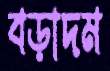
বড়াদম